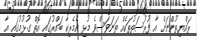
ރައްޔިތުންނަށް އާ ފުރުސަތުތަކެއް ތަނަވަސްވެ މުޅި އެމެރިކާ ބައްރުގައި އޮތް ގުޅުމުގައި އާ